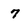
Character: 7